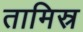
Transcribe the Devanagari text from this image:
तामिस्र